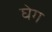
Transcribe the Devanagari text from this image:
घेग